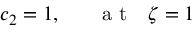
c _ { 2 } = 1 , ~ ~ ~ ~ ~ \mathrm { ~ a ~ t ~ } ~ ~ \zeta = 1